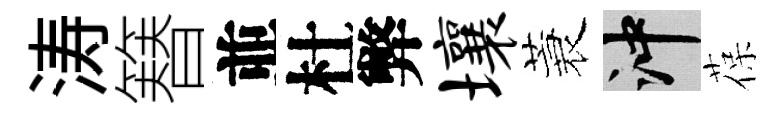
涛簮並杜弊壤蓑冲葆